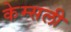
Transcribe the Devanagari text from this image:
केम्सली